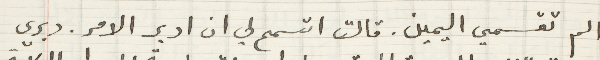
الم تقسمين اليمين. قالت اتسمح لي ان ادبر الامر. دبري